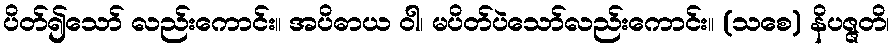
ပိတ်၍သော် လည်းကောင်း။ အပိဓာယ ဝါ၊ မပိတ်ပဲသော်လည်းကောင်း။ (သစေ) နိပဇ္ဇတိ၊